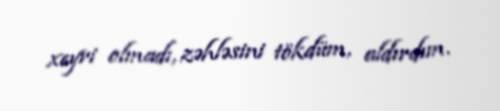
xeyri olmadı, zəhləsini tökdüm, aldırdım.